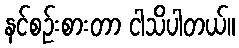
နင်စဉ်းစားတာ ငါသိပါတယ်။